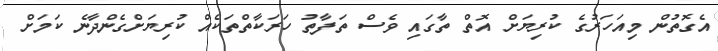
އެގޮތުން މިއަހަރުގެ ކުރިޔަށް އޮތް ތާގައި ވެސް ތަފާތު ހަރަކާތްތަކެއް ކުރިޔަށްގެންދާނެ ކަމަށް